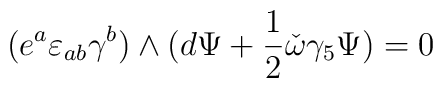
(e^a \varepsilon_{ab} \gamma^b) \wedge (d \Psi + { 1 \over 2} \check{\omega}\gamma_5 \Psi)=0